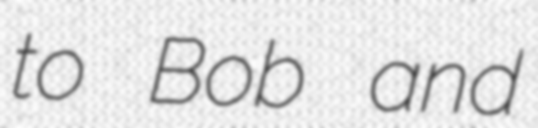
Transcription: to Bob and